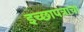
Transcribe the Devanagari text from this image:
इच्छापत्राचा